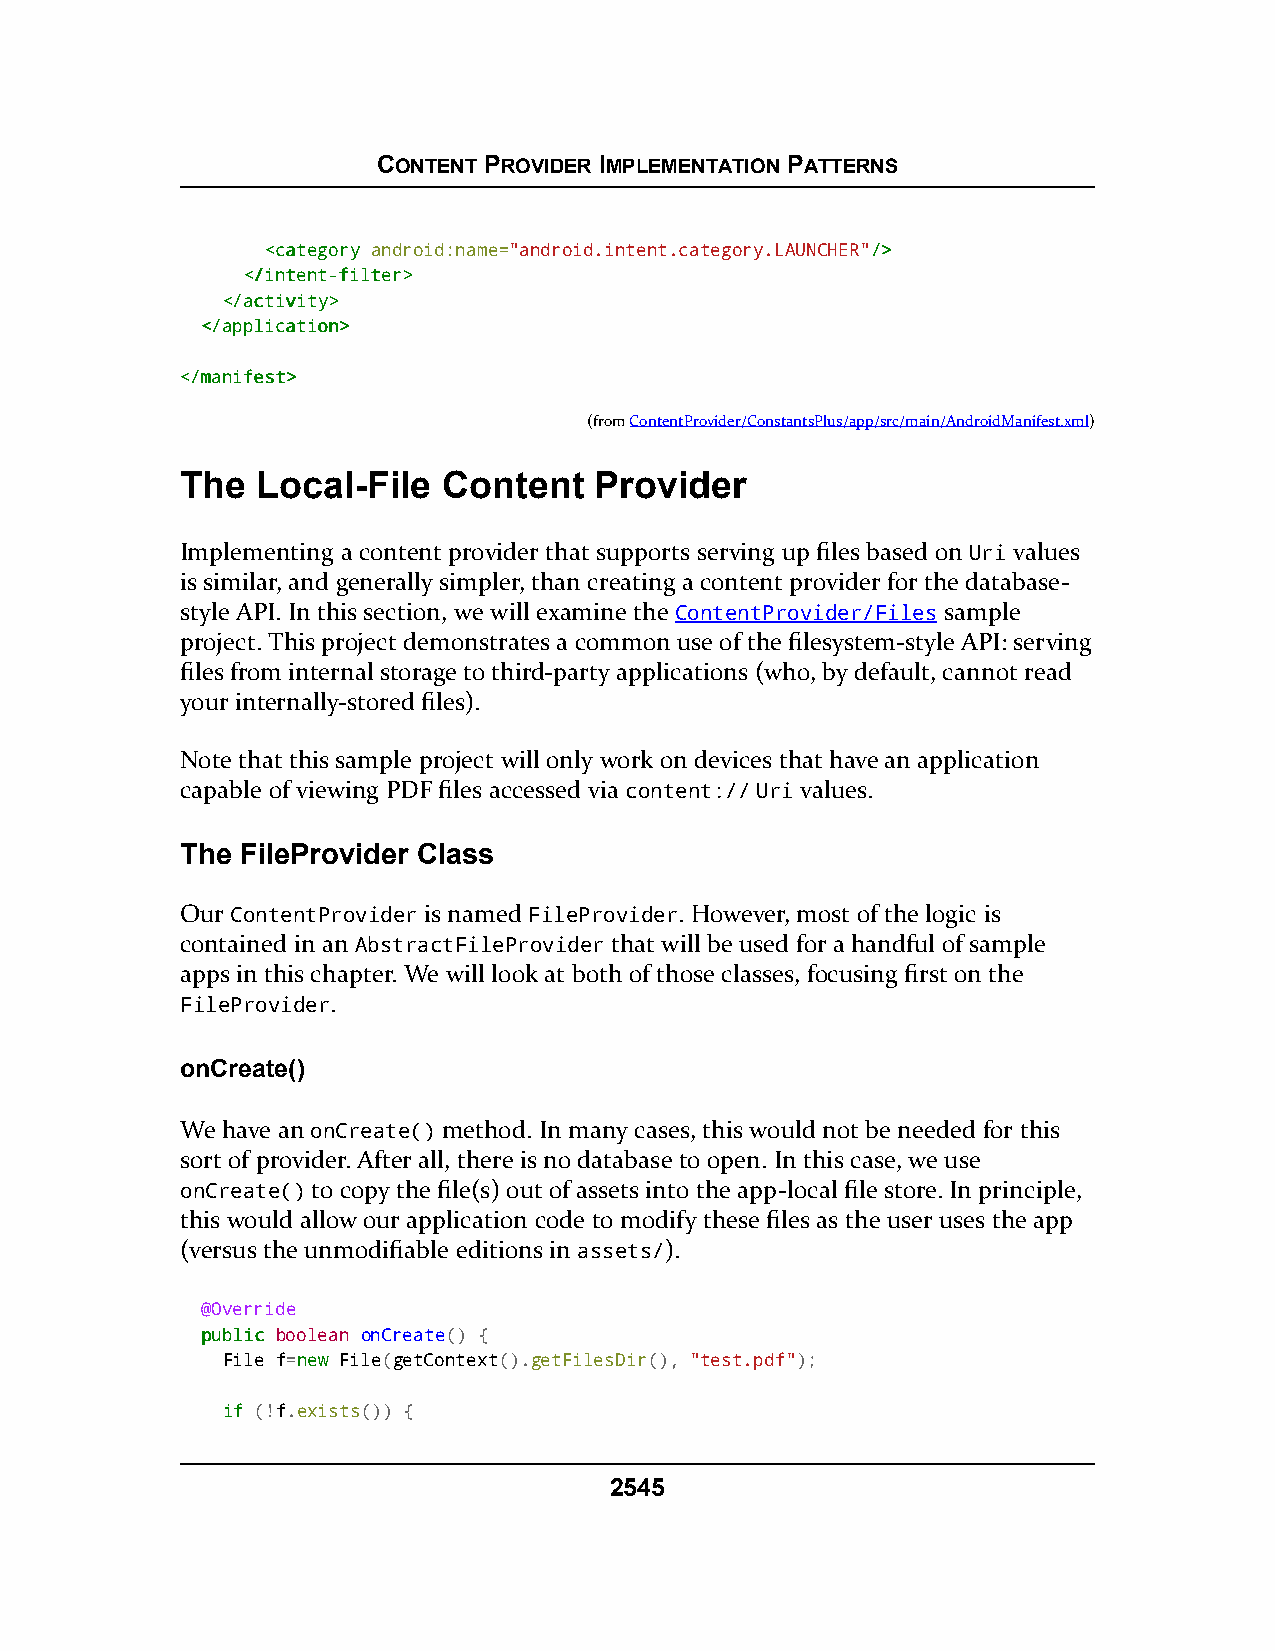
CONTENT PROVIDER IMPLEMENTATION PATTERNS
 <<ccaatteeggoorryy android:name="android.intent.category.LAUNCHER"//>>
 <<//iinntteenntt--ffiilltteerr>>
 <<//aaccttiivviittyy>>
 <<//aapppplliiccaattiioonn>>
 <<//mmaanniiffeesstt>>
 (fromContentProvider/ConstantsPlus/app/src/main/AndroidManifest.xml)
 The  Local-File  Content   Provider
 Implementing a content provider that supports serving up files based on Uri values
 is similar, and generally simpler, than creating a content provider for the database-
 style API. In this section, we will examine the ContentProvider/Files sample
 project. This project demonstrates a common use of the filesystem-style API: serving
 files from internal storage to third-party applications (who, by default, cannot read
 your internally-stored files).
 Note that this sample project will only work on devices that have an application
 capable of viewing PDF files accessed via content:// Uri values.
 The FileProvider Class
 Our ContentProvider is named FileProvider. However, most of the logic is
 contained in an AbstractFileProvider that will be used for a handful of sample
 apps in this chapter. We will look at both of those classes, focusing first on the
 FileProvider.
 onCreate()
 We have an onCreate() method. In many cases, this would not be needed for this
 sort of provider. After all, there is no database to open. In this case, we use
 onCreate() to copy the file(s) out of assets into the app-local file store. In principle,
 this would allow our application code to modify these files as the user uses the app
 (versus the unmodifiable editions in assets/).
 @Override
 ppuubblliicc boolean onCreate() {
 File f=nneeww File(getContext().getFilesDir(), "test.pdf");
 iiff (!f.exists()) {
 2545